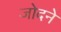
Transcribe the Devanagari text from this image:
जोदने